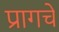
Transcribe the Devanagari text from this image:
प्रागचे